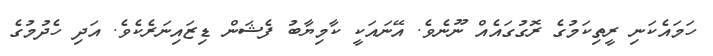
ހަމައެކަނި ރީތިކަމުގެ ރޮގުގައެއް ނޫނެވެ. އޭނައަކީ ކާމިޔާބު ފެޝަން ޑިޒައިނަރެކެވެ. އަދި ހެދުމުގެ